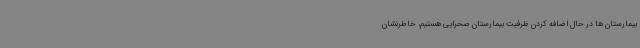
بیمارستان ها در حال اضافه کردن ظرفیت بیمارستان صحرایی هستیم، خاطرنشان